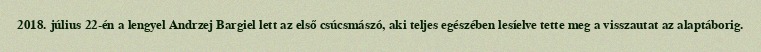
2018. július 22-én a lengyel Andrzej Bargiel lett az első csúcsmászó, aki teljes egészében lesíelve tette meg a visszautat az alaptáborig.